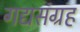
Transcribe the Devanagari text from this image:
गद्यसंग्रह